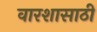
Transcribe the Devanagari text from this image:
वारशासाठी